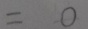
= 0